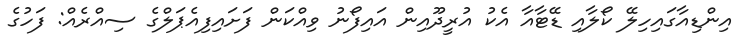
އިންޑިއާގައިހިލޭ ކޯލާއި ޑޭޓާއާ އެކު އުރީދޫއިން އައިފޯނު ވިއްކަން ފަށައިފިއެޕަލްގެ ސިއްރެއް: ފަހުގެ